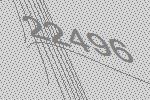
22496